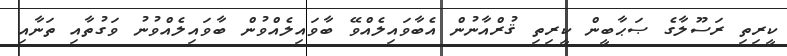
ކީރިތި ރަސޫލާގެ ޞަޙާބީން ކީރިތި ޤުރްއާނުން އެބާވައިލެއްވޭ ބާވައިލެއްވުން ބާވައިލެއްވުނު ވަގުތާއި ތަނާއި